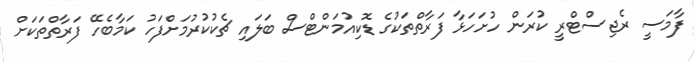
ފާމަސީ ރެޖިސްޓްރީ ކުރަން ހުށަހަޅާ ފަރާތްތަކުގެ ޑޮކިއުމަންޓްސް ބަލައި ޗެކުކުރުމަށްފަހު ކަމާބެހޭ ފަރާތްތަކަށް